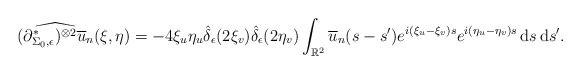
LaTeX: \begin{align*} \widehat{(\partial_{\Sigma_0, \epsilon}^{*})^{\otimes 2} \overline{u}_n}(\xi, \eta) = -4 \xi_u \eta_u \hat{\delta}_{\epsilon}(2 \xi_v) \hat{\delta}_{\epsilon}(2 \eta_v) \int_{\mathbb{R}^{2}} \overline{u}_n(s - s') e^{i(\xi_u - \xi_v)s} e^{i(\eta_u - \eta_v)s} \, \mathrm{d}s \, \mathrm{d}s'.\end{align*}